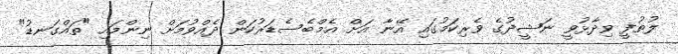
ލުތުފީ ވިދާޅުވީ ނަޝީދުގެ ވެރިކަމުގައި އޭނާ އަށް އެމްބެސެޑަރުކަން ދެއްވުމަށް ނިންމައި "ތައްގަނޑު"